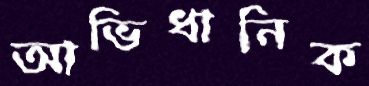
আভিধানিক